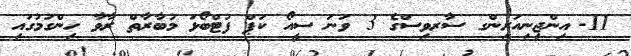
11-	އިންޖިނިއަރިންގ ސާރވިސްގެ 3 ވަނަ ސީއޯ ކަޕް ފުޓްބޯޅަ މުބާރާތް ރާވާ ހިންގުމުގައި